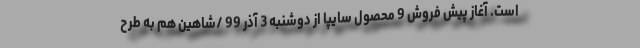
است. آغاز پیش فروش 9 محصول سایپا از دوشنبه 3 آذر 99 /شاهین هم به طرح